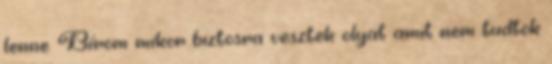
lenne. Bírom mikor biztosra vesztek olyat amit nem tudtok